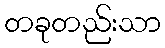
တခုတည်းသာ